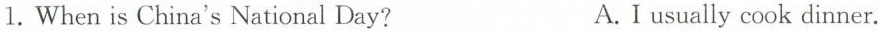
1.When is China's National Day? A.I usually cook dinner.